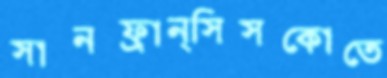
সানফ্রান্সিসকোতে